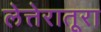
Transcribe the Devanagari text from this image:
लेत्तेरातूरा